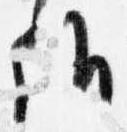
候